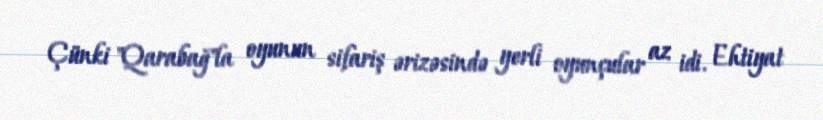
Çünki "Qarabağ"la oyunun sifariş ərizəsində yerli oyunçular az idi. Ehtiyat